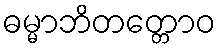
ဓမ္မာဘိတတ္တောဝ